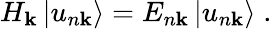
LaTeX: H_{\mathbf{k}}\left|u_{n\mathbf{k}}\right\rangle=E_{n\mathbf{k}}\left|u_{n\mathbf{k}}\right\rangle\; .